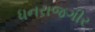
ધનરાજગીર